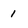
Character: 1